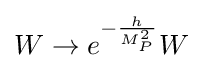
W\rightarrow e^{-{\frac {h}{M_{P}^{2}}}}W